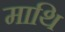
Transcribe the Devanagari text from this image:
माथि